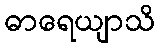
ဓာရေယျာသိ